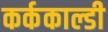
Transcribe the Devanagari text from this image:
कर्ककाल्डी